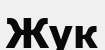
Жук